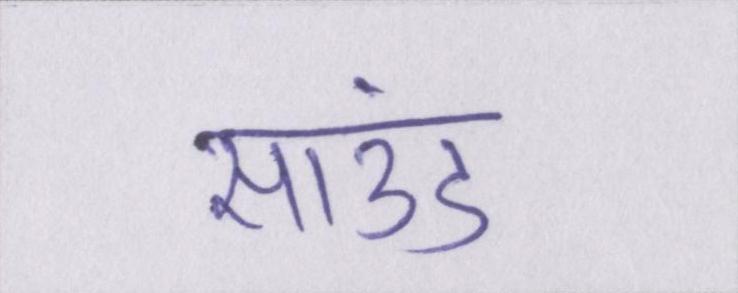
साउंड